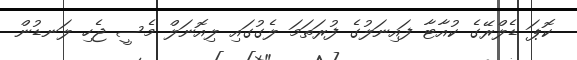
ކޮޕަ ޑެލްރޭގެ ކުއާޓާ ފައިނަލުގެ ފުރަތަމަ ލެގުގައި ލިއޮނަލް މެސީ ޖެހި ލަނޑުން